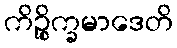
ကိဉ္စိက္ခမာဒေတိ